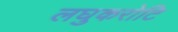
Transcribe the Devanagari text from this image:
लघुकरोटि